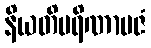
နိယတိပရိဏာမဇံ